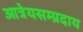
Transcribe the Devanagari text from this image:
आत्रेयसम्प्रदाय